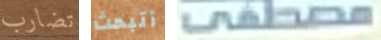
تضارب أتبحث مصطفى